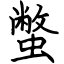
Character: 蟞